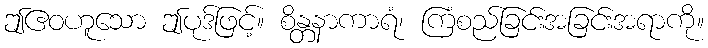
ဤဧဝဟူသော ဤပုဒ်ဖြင့်။ စိန္တနာကာရံ၊ ကြံစည်ခြင်းအခြင်းအရာကို။